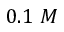
0 . 1 ~ M